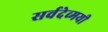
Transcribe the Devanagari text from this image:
सर्वदेव्मयी